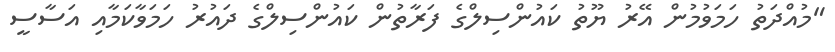
"މުއްދަތު ހަމަވުމުން އޭރު ޔޫތު ކައުންސިލްގެ ފަރާތުން ކައުންސިލްގެ ދައުރު ހަމަވާކަމާއި އަސާސީ